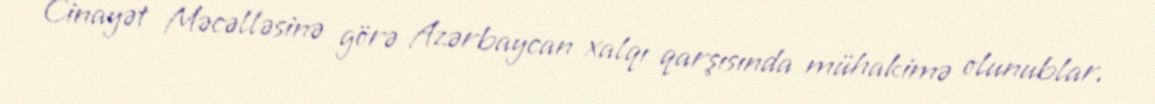
Cinayət Məcəlləsinə görə Azərbaycan xalqı qarşısında mühakimə olunublar.